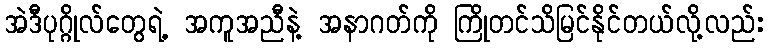
အဲဒီပုဂ္ဂိုလ်တွေရဲ့ အကူအညီနဲ့ အနာဂတ်ကို ကြိုတင်သိမြင်နိုင်တယ်လို့လည်း